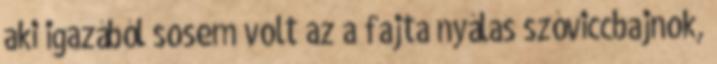
aki igazából sosem volt az a fajta nyálas szóviccbajnok,